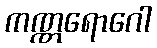
ကဏ္ဏရောဂေါ